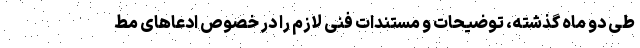
طی دو ماه گذشته، توضیحات و مستندات فنی لازم را در خصوص ادعاهای مط